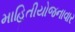
માહિતીયોજનાવાર